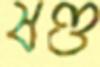
ষণ্ড